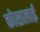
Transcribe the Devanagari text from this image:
कोसालाई